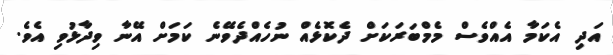
އަދި އެކަމާ އެއްވެސް މެމްބަރަކަށް ދެކޮޅެއް ނުހެއްދެވޭނެ ކަމަށް އޭނާ ވިދާޅުވި އެވެ.